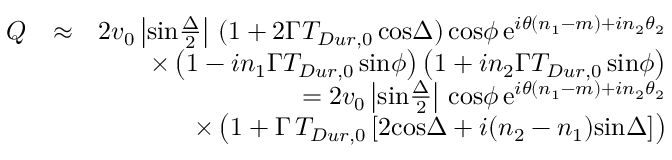
\begin{array} { r l r } { Q } & { \approx } & { 2 v _ { 0 } \left| \mathrm { s i n } { \frac { \Delta } { 2 } } \right| \, ( 1 + 2 \Gamma T _ { D u r , 0 } \, \mathrm { c o s } \Delta ) \, \mathrm { c o s } \phi \, \mathrm { e } ^ { i \theta ( n _ { 1 } - m ) + i n _ { 2 } \theta _ { 2 } } } \\ & { } & { \times \left( 1 - i n _ { 1 } \Gamma T _ { D u r , 0 } \, \mathrm { s i n } \phi \right) \left( 1 + i n _ { 2 } \Gamma T _ { D u r , 0 } \, \mathrm { s i n } \phi \right) } \\ & { } & { = 2 v _ { 0 } \left| \mathrm { s i n } { \frac { \Delta } { 2 } } \right| \, \mathrm { c o s } \phi \, \mathrm { e } ^ { i \theta ( n _ { 1 } - m ) + i n _ { 2 } \theta _ { 2 } } } \\ & { } & { \times \left( 1 + \Gamma \, T _ { D u r , 0 } \left[ 2 \mathrm { c o s } \Delta + i ( n _ { 2 } - n _ { 1 } ) \mathrm { s i n } \Delta \right] \right) } \end{array}